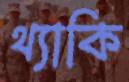
থ্যাকি